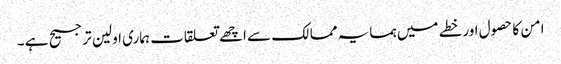
امن کا حصول اورخطے میں ہمسایہ ممالک سے اچھے تعلقات ہماری اولین ترجیح ہے ۔